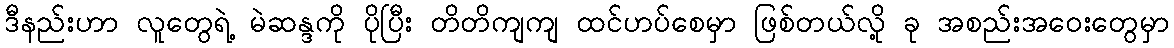
ဒီနည်းဟာ လူတွေရဲ့ မဲဆန္ဒကို ပိုပြီး တိတိကျကျ ထင်ဟပ်စေမှာ ဖြစ်တယ်လို့ ခု အစည်းအဝေးတွေမှာ